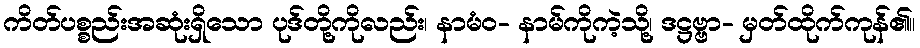
ကိတ်ပစ္စည်းအဆုံးရှိသော ပုဒ်တို့ကိုလည်း၊ နာမံဝ- နာမ်ကိုကဲ့သို့၊ ဒဋ္ဌဗ္ဗာ- မှတ်ထိုက်ကုန်၏။